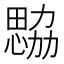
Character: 𢣢